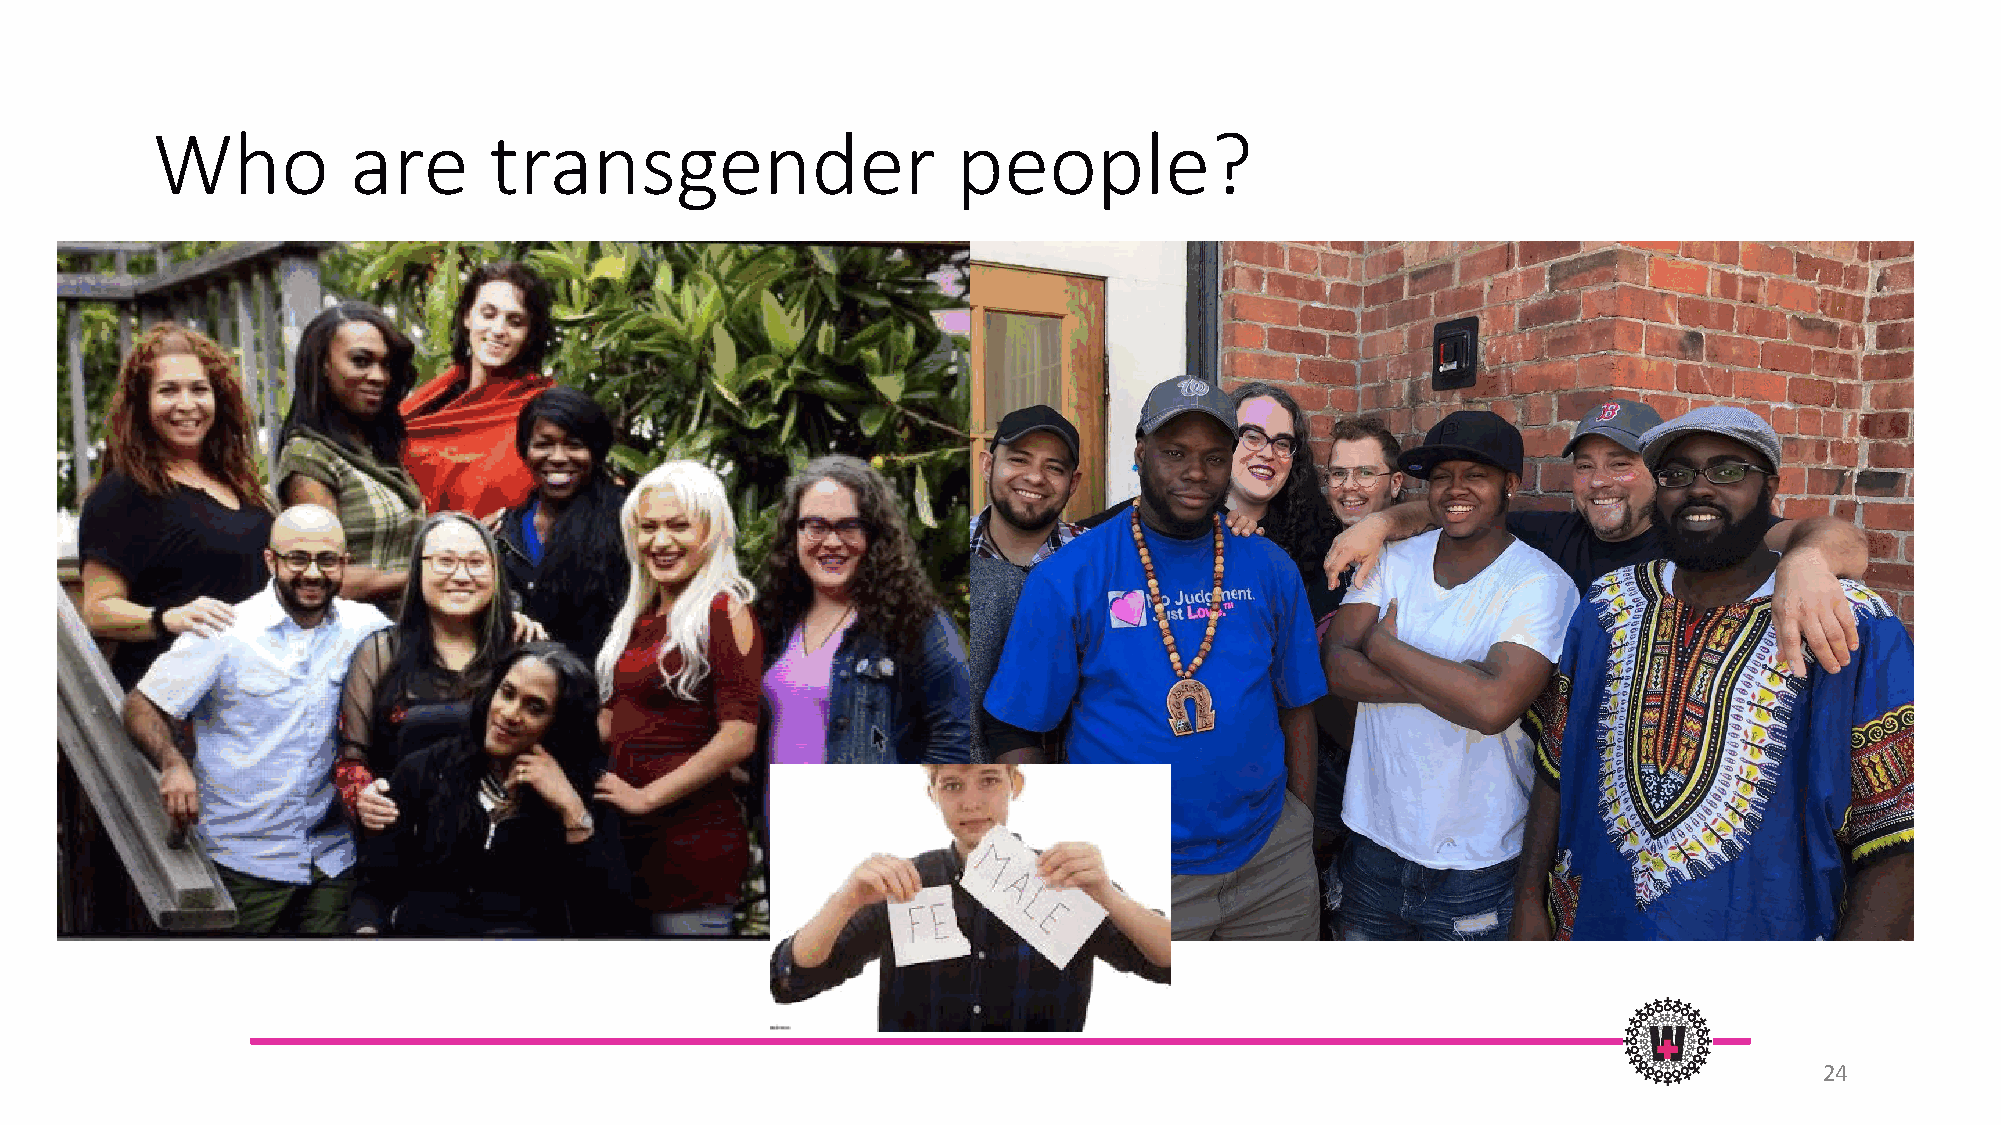
Who          are      transgender                    people?
 24